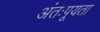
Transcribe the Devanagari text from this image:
अंतःपूयता